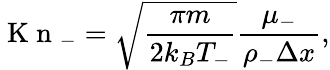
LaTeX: \mathrm{~K~n~}_{-}=\sqrt{\frac{\pi m}{2k_{B}T_{-}}}\frac{\mu_{-}}{\rho_{-}\Delta x},